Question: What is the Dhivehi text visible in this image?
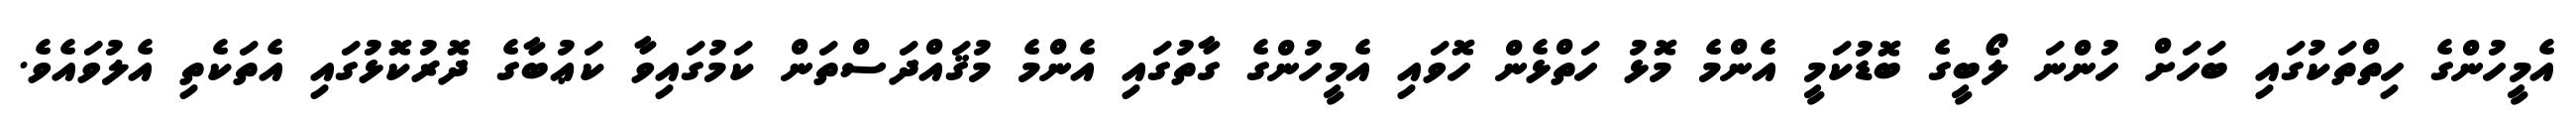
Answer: އެމީހުންގެ ހިތްތަކުގައި ބަހަށް ހުންނަ ލޯބީގެ ބޮޑުކަމީ އެންމެ މޮޅު ހަތްޅެން ހޮވައި އެމީހުންގެ ގާތުގައި އެންމެ މުޤައްދަސްތަން ކަމުގައިވާ ކަޢުބާގެ ދޮރުކޮޅުގައި އެތަކެތި އެލުވައެވެ.